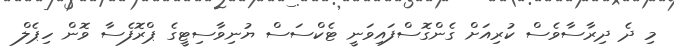
މި ދެ ދިރާސާވެސް ކުރިއަށް ގެންގޮސްފައިވަނީ ޓެކްސަސް ޔުނިވާސިޓީގެ ޕްރޮފެސާ ވޮން ހިޕެލް